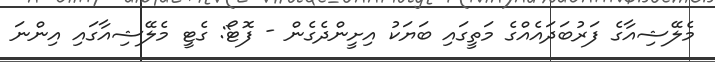
މެލޭޝިއާގެ ފަރުބަދައެއްގެ މަތީގައި ބަޔަކު އިށީންދެގެން - ފޮޓޯ: ގެޓީ މެލޭޝިއާގައި އިންނަ